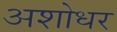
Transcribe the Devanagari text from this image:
अशोधर